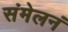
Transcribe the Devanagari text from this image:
संमेलनं